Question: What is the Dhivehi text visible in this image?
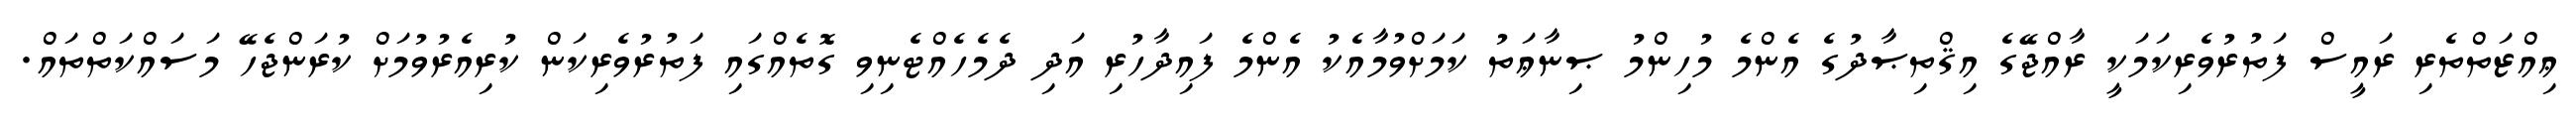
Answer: ޢިއްޒަތްތެރި ރައީސް ފަތުރުވެރިކަމަކީ ރާއްޖޭގެ އިޤްތިޞާދުގެ އެންމެ މުހިންމު ޞިނާޢަތު ކަމަށްވުމާއެކު އެންމެ ފައިދާހުރި އަދި ދެމެހެއްޓެނިވި ގޮތެއްގައި ފަތުރުވެރިކަން ކުރިއެރުވުމަށް ކުރަންޖެހޭ މަސައްކަތްތައް.